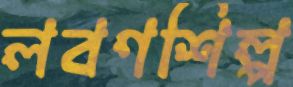
লবণশিল্প